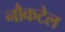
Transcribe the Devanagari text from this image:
नौकटेल